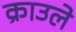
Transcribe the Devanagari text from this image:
क्राउले